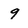
Character: 9